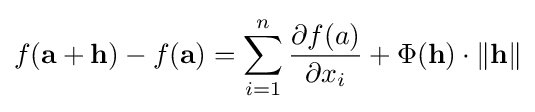
f(\mathbf {a} +\mathbf {h} )-f(\mathbf {a} )=\displaystyle \sum _{i=1}^{n}{\frac {\partial f(a)}{\partial x_{i}}}+\Phi (\mathbf {h} )\cdot \Vert \mathbf {h} \Vert